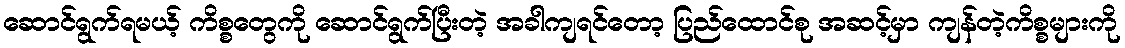
ဆောင်ရွက်ရမယ့် ကိစ္စတွေကို ဆောင်ရွက်ပြီးတဲ့ အခါကျရင်တော့ ပြည်ထောင်စု အဆင့်မှာ ကျန်တဲ့ကိစ္စများကို